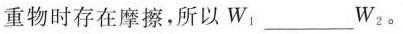
重物时存在摩擦，所以W_{1}___W_{2}。